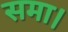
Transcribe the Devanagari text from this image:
समा।